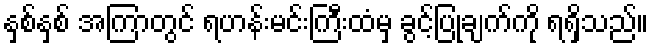
နှစ်နှစ် အကြာတွင် ရဟန်းမင်းကြီးထံမှ ခွင့်ပြုချက်ကို ရရှိသည်။